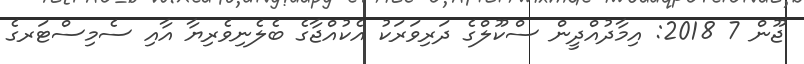
ޖޫން 7 2018: އިމާދުއްދީން ސްކޫލްގެ ދަރިވަރަކު އެކުއްޖާގެ ބެލެނިވެރިޔާ އާއި ސެމިސްޓަރގެ